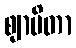
ဈာပိတာ